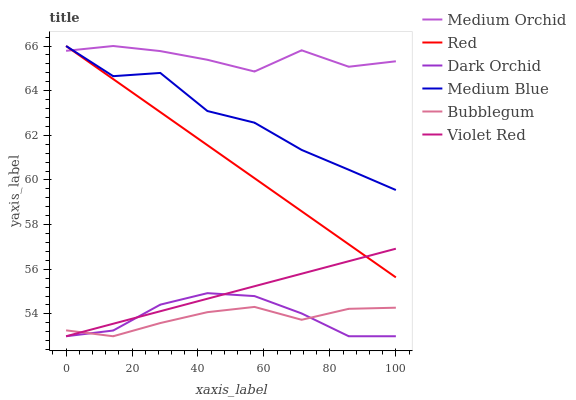
| xaxis_label | Medium Orchid | Red | Dark Orchid | Medium Blue | Bubblegum | Violet Red |
 | --- | --- | --- | --- | --- | --- | --- |
 | 0 | 65.8 | 66 | 53 | 66 | 53.3 | 53 |
 | 14.3 | 66 | 64.5 | 53.3 | 64.6 | 53 | 53.6 |
 | 28.6 | 65.8 | 63 | 54.4 | 64.8 | 53.6 | 54.1 |
 | 42.9 | 65.4 | 61.6 | 54.9 | 63.1 | 54.1 | 54.7 |
 | 57.1 | 64.9 | 60.1 | 54.8 | 62.6 | 54.3 | 55.2 |
 | 71.4 | 65.8 | 58.6 | 54 | 61.3 | 53.7 | 55.8 |
 | 85.7 | 65.1 | 57.1 | 53 | 60.5 | 54.2 | 56.4 |
 | 100 | 65.3 | 55.6 | 53 | 59.5 | 54.3 | 56.9 |